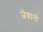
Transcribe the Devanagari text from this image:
ज़ेब्रानो